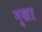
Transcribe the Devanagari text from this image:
मुखऱ